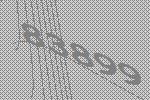
83899